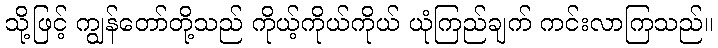
သို့ဖြင့် ကျွန်တော်တို့သည် ကိုယ့်ကိုယ်ကိုယ် ယုံကြည်ချက် ကင်းလာကြသည်။